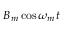
B _ { m } \cos \omega _ { m } t